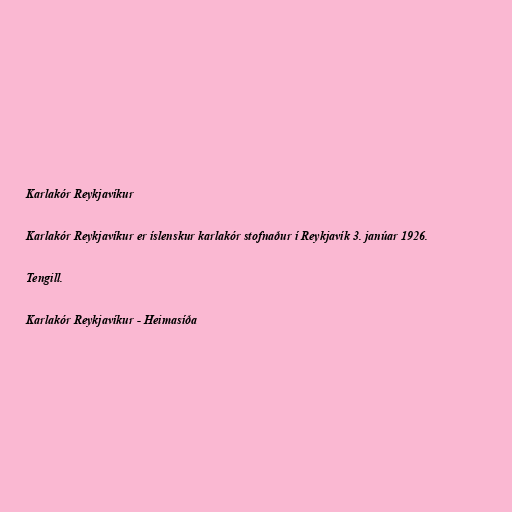
Karlakór Reykjavíkur

Karlakór Reykjavíkur er íslenskur karlakór stofnaður í Reykjavík 3. janúar 1926.

Tengill.

Karlakór Reykjavíkur - Heimasíða